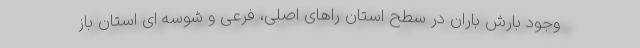
وجود بارش‌ باران در سطح استان راهای اصلی، فرعی و شوسه ای استان باز